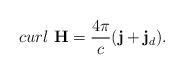
\begin{align*}curl\,\,{\bf H}= \frac{4\pi}{c}({\bf j} + {\bf j}_d).\end{align*}